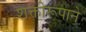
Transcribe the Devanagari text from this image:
शक्तीरूपाने